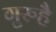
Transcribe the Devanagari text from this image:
गुरुहै